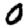
Digit: 0